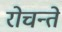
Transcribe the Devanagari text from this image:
रोचन्ते